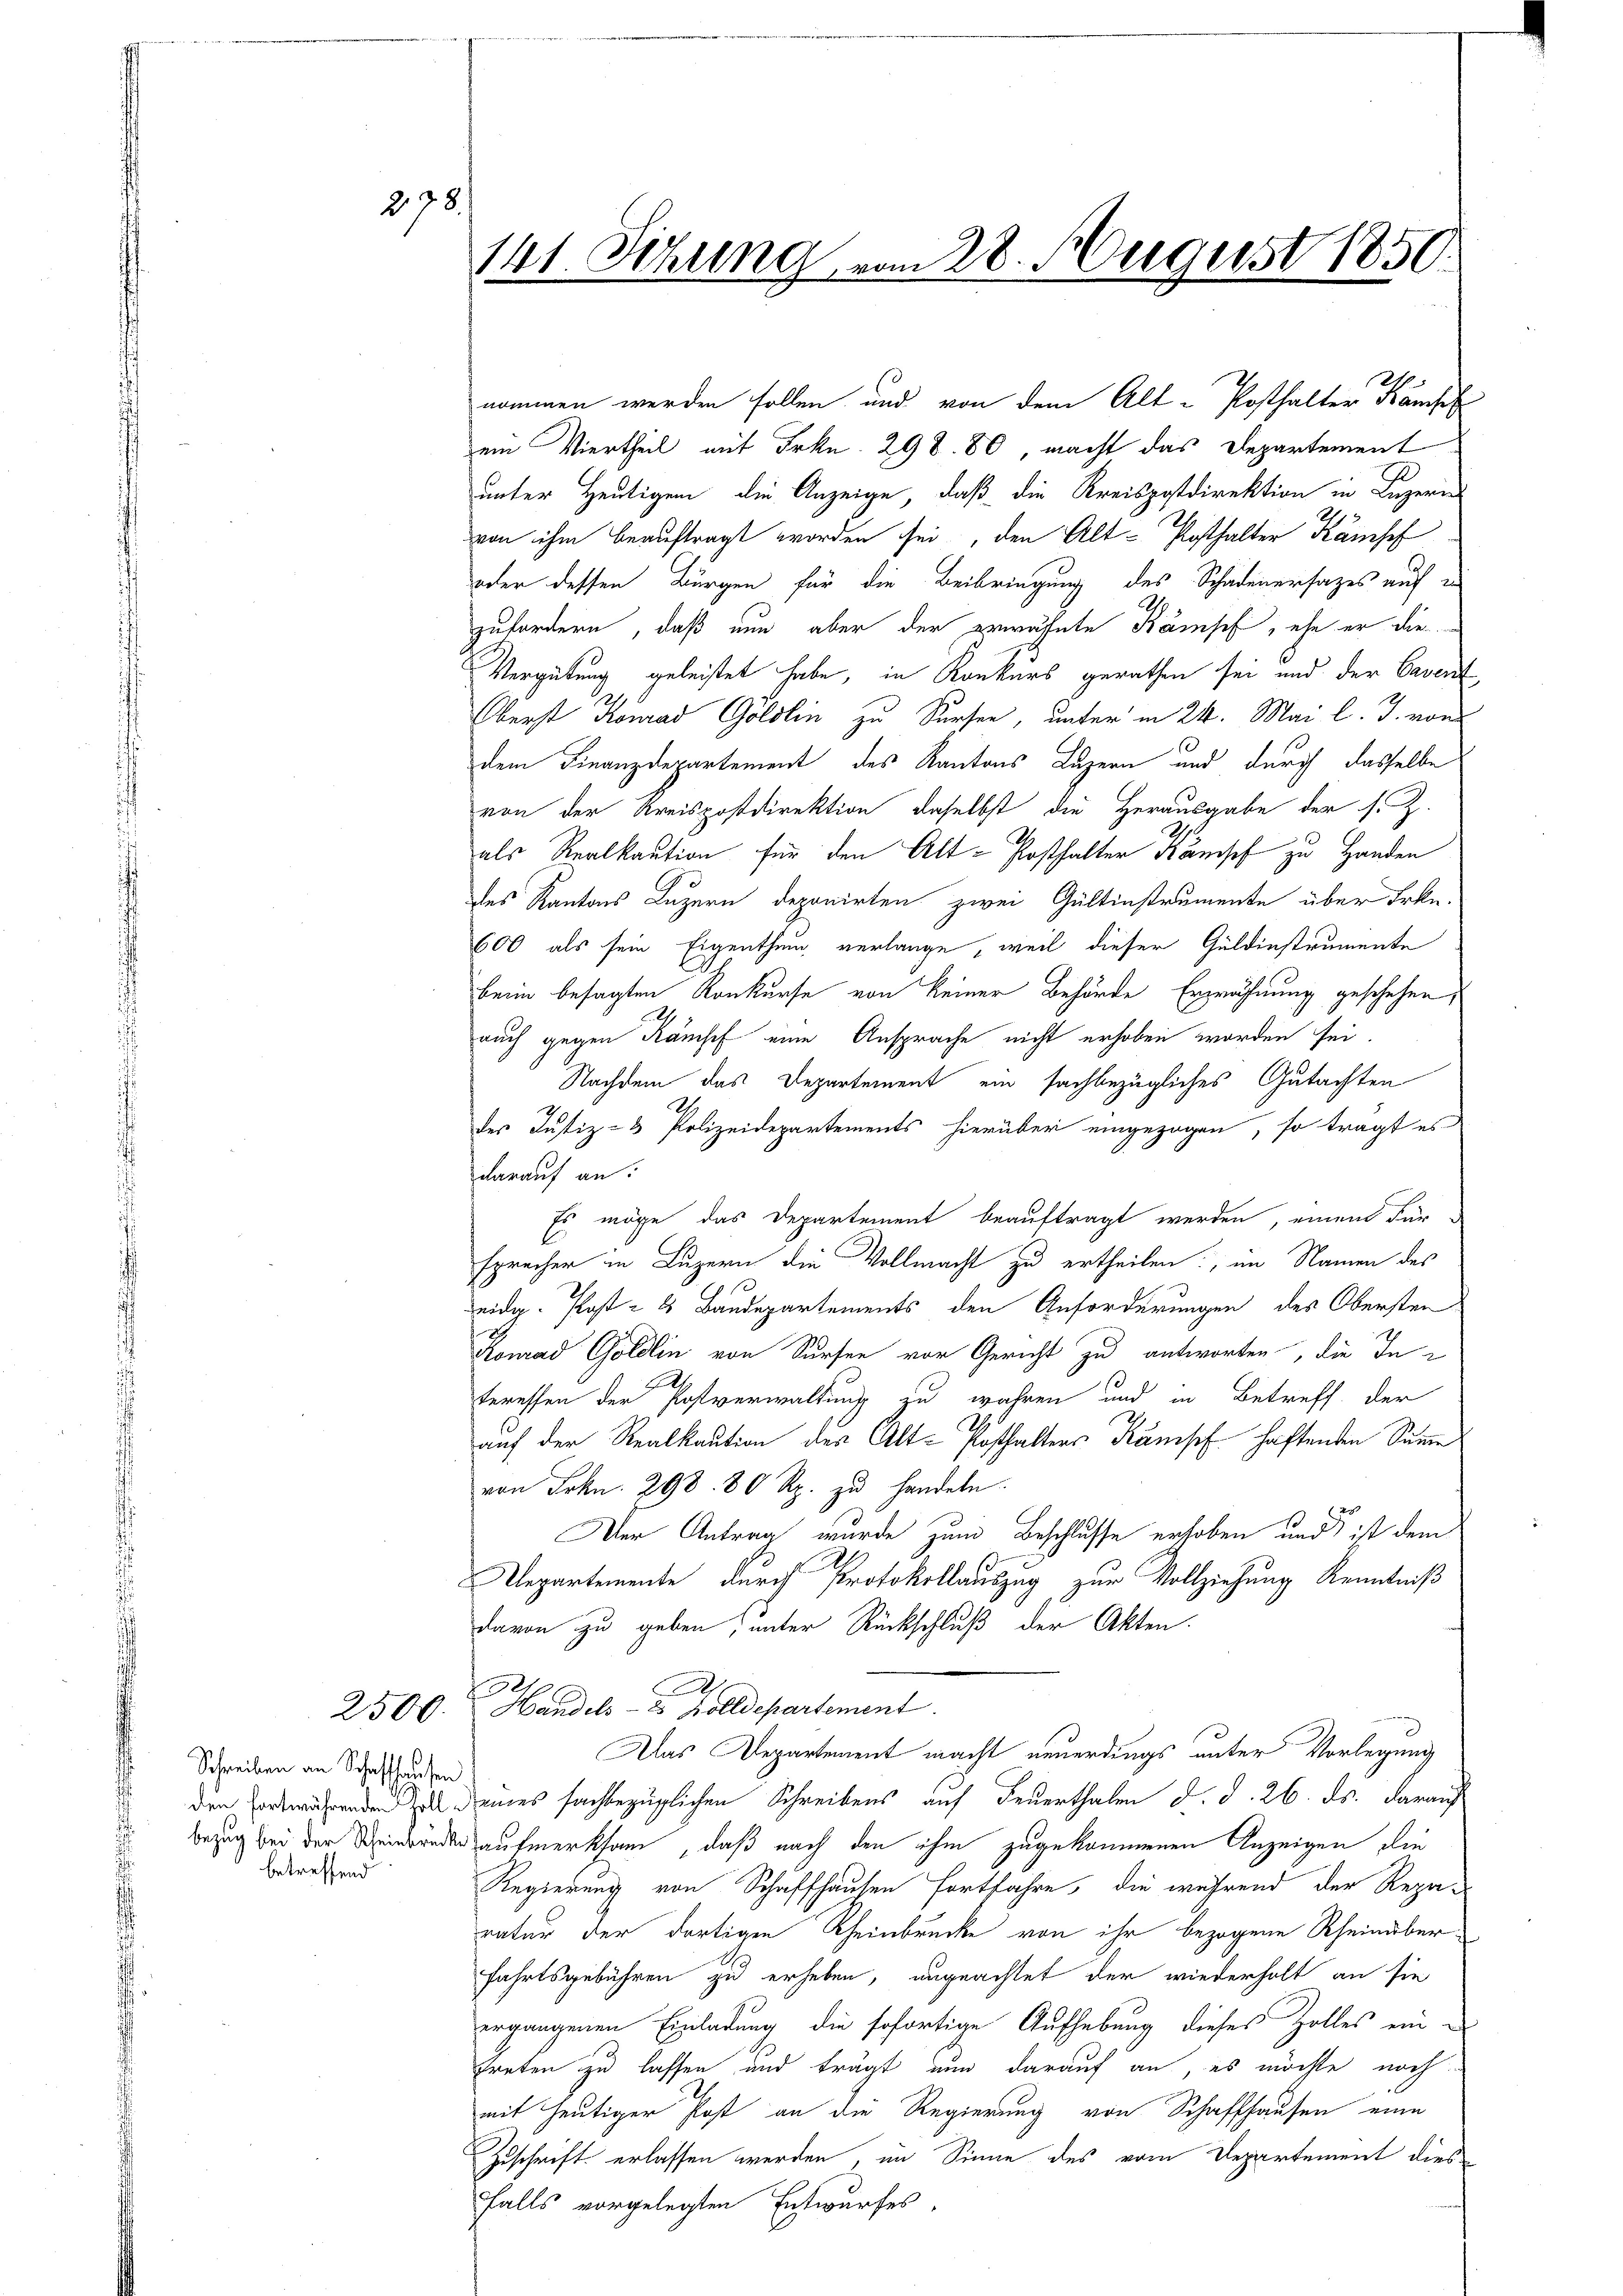
278.

ß
Schreiben an Schaffhausen
betreffend

141. Setzung vom 28. August 1850.

nommen werden sollen und von dem Alt-Posthalter Kampf
ein Viertheil mit Frkn. 298. 80, macht das Departement
unter Heutigen die Anzeige, daß die Kreispostdirektion in Luzern
von ihm beauftragt worden sei, den Alt-Posthalter Kampf
oder dessen Bürgen für die Beibringung des Schadenersatzes auf e
zufordern, daß nun aber der erwähnte Kämpf, ehe er die
Vergütung geleistet habe, in Konkurs gerathen sei und der Cavent
Oberst Konrad Göldlin zu Sursee, unter in 24. Mai l. J. von
dem Finanzdepartement des Kantons Luzern und durch dasselbe
von der Kreispostdirektion, daselbst die Herausgabe der s. Z.
als Realkaution für den Alt-Posthalter Kämsef zu Handen
des Kantons Luzern deponirten zwei Gültinstrumente über Frkn.
600 als sein Eigenthum verlange, weil dieser Guldinstrumente
beim besagten Konkurse von keiner Behörde Erwähnung geschehen,
auch gegen Ramsef eine Ansprache nicht erhoben worden sei.
Nachdem das Departement ein sachbezügliches Gutachten
des Justiz- & Polizeidepartements hierüber eingezogen, so tragt es
darauf an:
Es möge das Departement beauftragt werden, einen Für
sprecher in Luzern die Vollmacht zu ertheilen, im Namen des
eidg. Post - 8 Baudepartements den Anforderungen des Obersten
Konrad Göldlin von Sursen vor Gericht zu antworten, die In-
2
teressen der Postverwaltung zu wahren und in Betreff der
auf der Realkaution des Alt-Posthalters Kampf haftenden Summe
von Frkn. 298. 80 Rp. zu handeln.
Der Antrag wurde zum Beschlusse erhoben und ist dem
Mepartemente durch Protokollauszug zur Vollziehung Kenntniß
davon zu geben, unter Rückschluß der Akten.
A
2
2500. Handels- 2 Zolldepartement.
Das Departement macht neuerdings unter Vorlegung
denen eines sachbezüglichen Schreibens auf Feuerthalen d. d. 26. ds. darauf
Bezug bei der einbänder aufmerksam, daß nach den ihm zugekommenen Anzeigen den
Regierung von Schaffhausen fortfahre, die während der Reparatur der dortigen Rheinbrücke von ihr bezogene Rheinüberfahrtsgebühren zu erheben, ungeachtet der wiederholt an sie
ergangenen Einladung die sofortige Aufhebung dieses Zolles eintreten zu lassen und trägt nun darauf an, es möchte nach
mit heutiger Post an die Regierung von Schaffhausen eine
Zuschrift erlassen werden, im Sinne des vom Departement dies
falls vorgelegten Entwurfes,